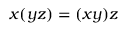
x ( y z ) = ( x y ) z